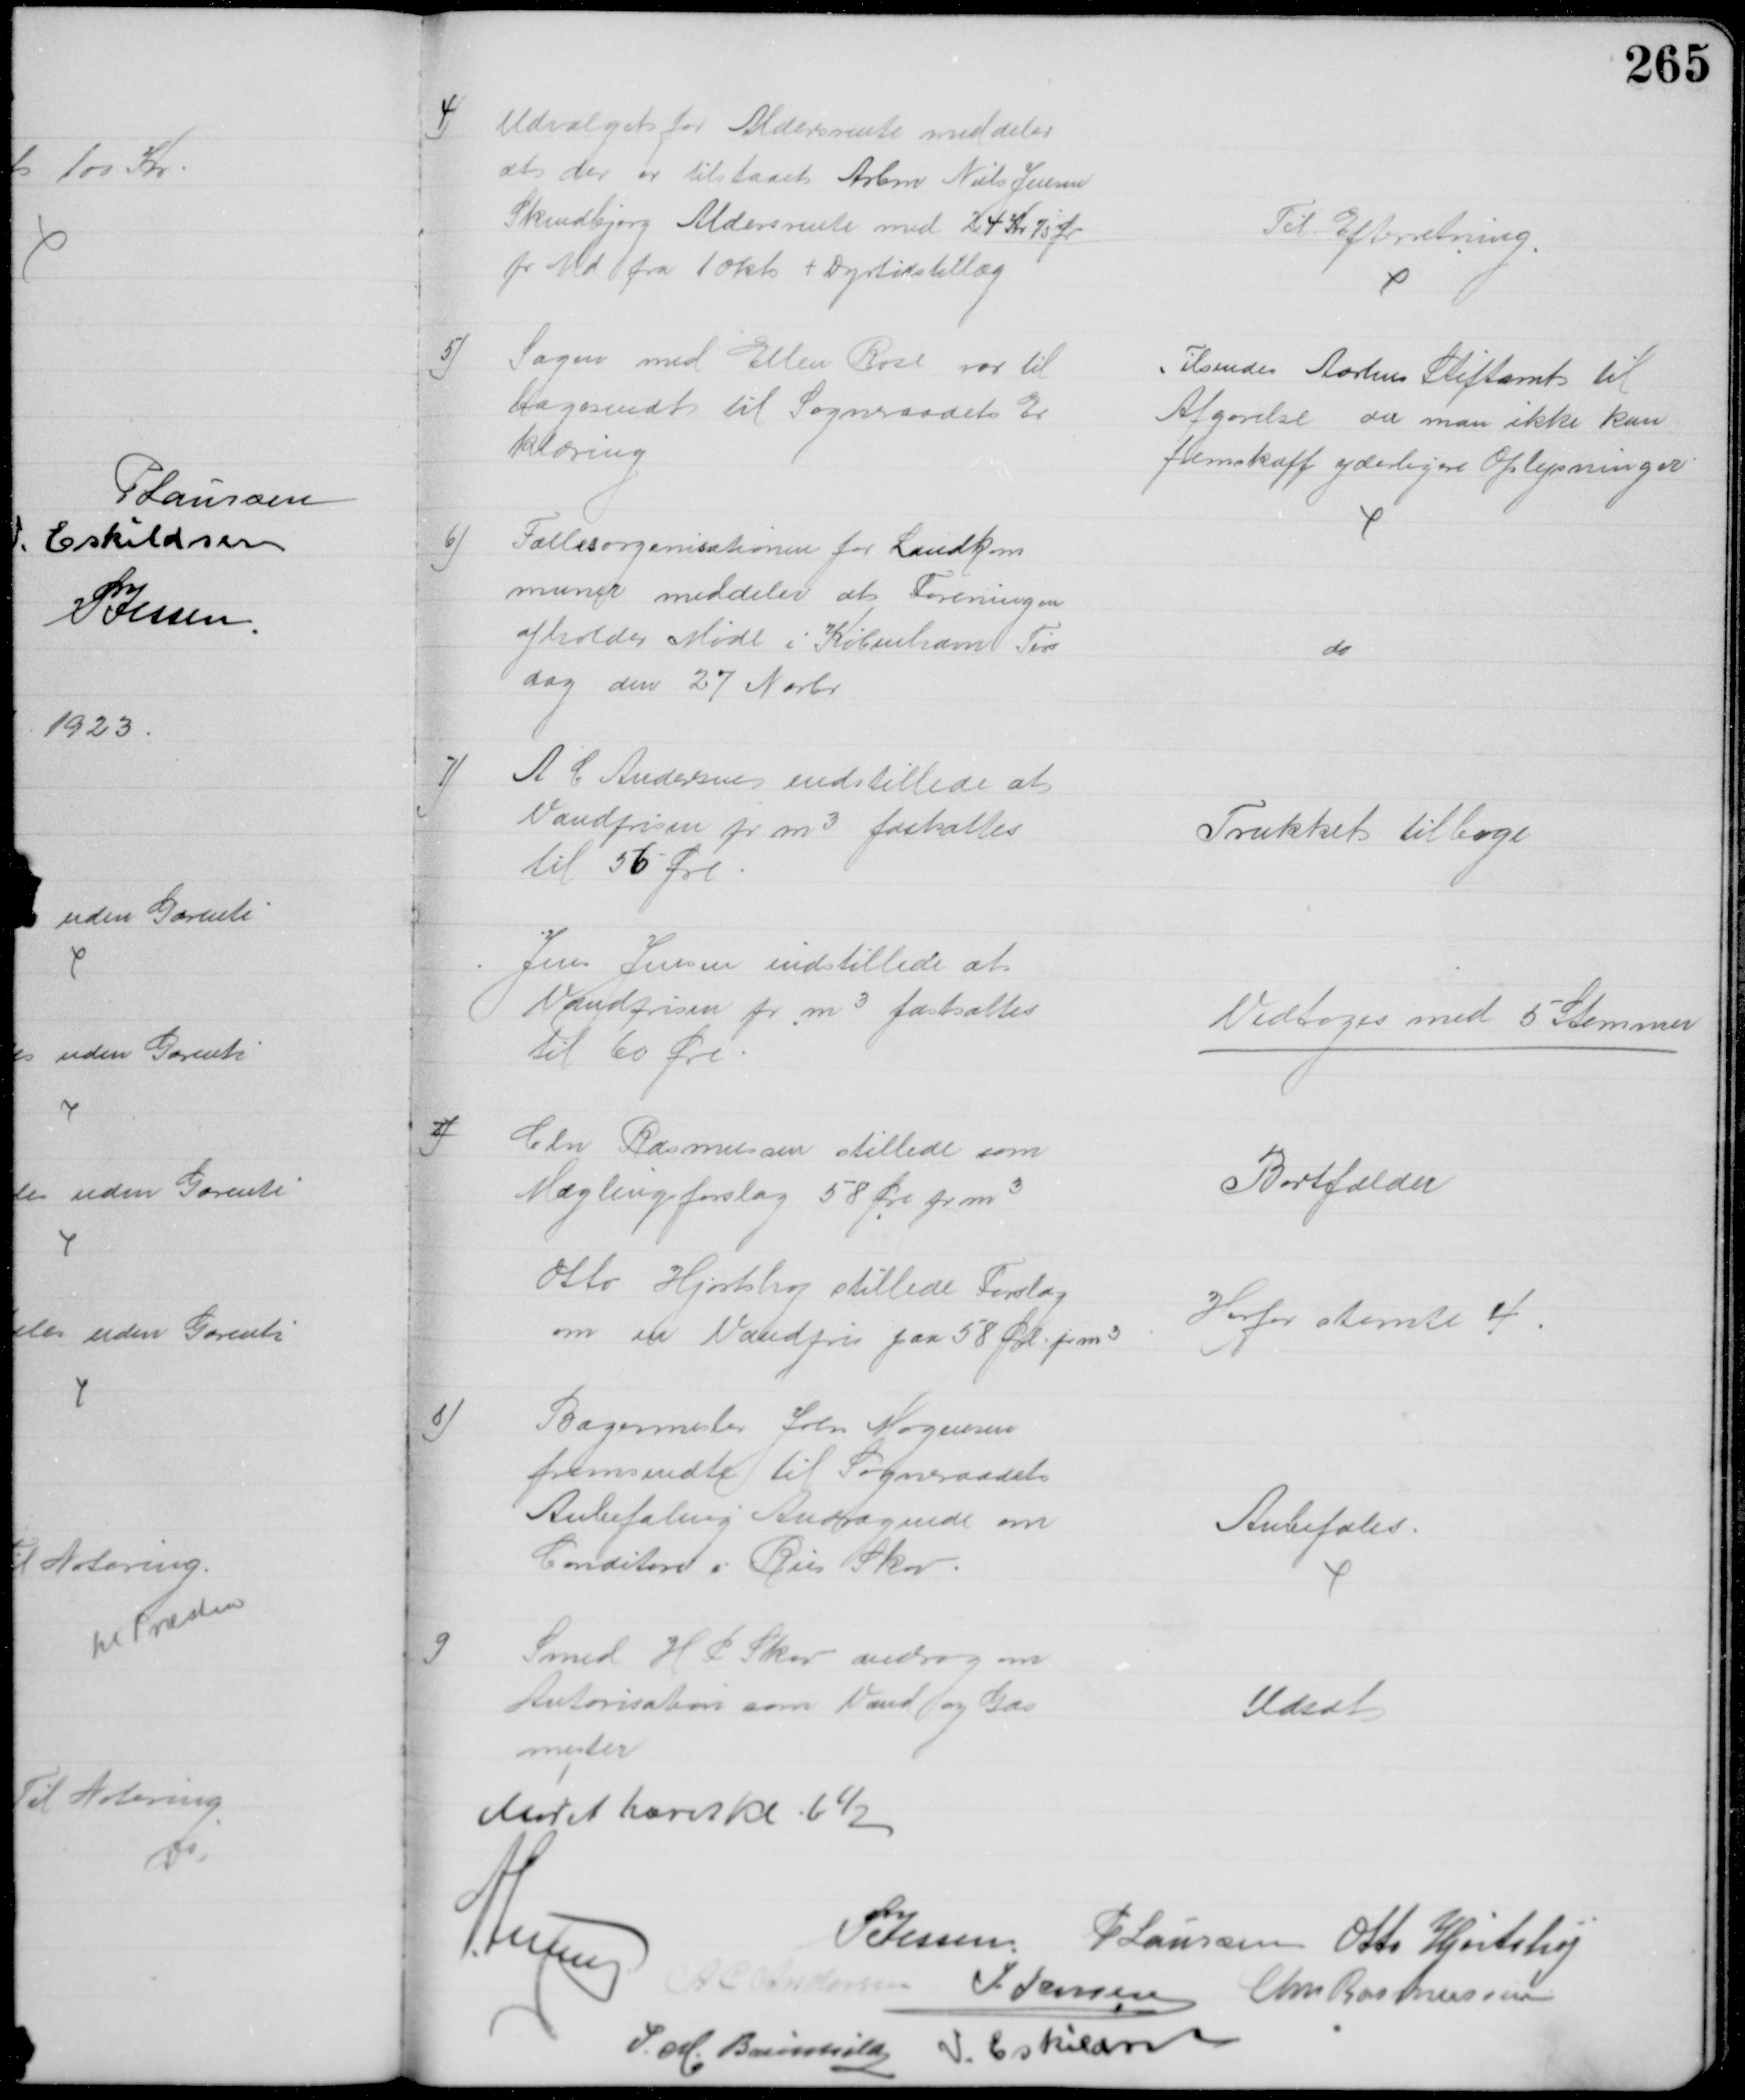
Transskription:
4)
Udvalget for Aldersrente meddeler
at der er tilstaaet Arbm Niels Jensen
Skindbjerg Aldersrente med 24 Kr 75 Ør
pr Md fra 1 Okt. + Dyrtidstillæg
Til Efterretning
5)
Sagen med Ellen Rose var til
bagesendt til Sogneraadets Er
klæring
Tilsendes Aarhus Stiftamt til
Afgørelse da man ikke kan
fremskaffe yderligere Oplysninger
6)
Fællesorganisationen for Landkom
muner meddeler at Foreningen
afholder Møde i København Tirs
dag den 27 Novbr
do
7) 
A C Andersen indstillede at 
Vandprisen pr m3 fastsættes
til 56 Øre
Trukket tilbage
Jens Jensen indstillede at
Vandprisen pr m3 fastsættes
til 60 Øre
Vedtoges med 5 Stemmer
8)
Chr Rasmussen stillede som
Mæglingsforslag 58 Øre pr m3
Bortfalder
Otto Hjortshøj stillede Forslag
om en Vandpris paa 58 Øre pr m3
Herfor stemte 4
8)
Bagermester Johs Mogensen
fremsendte til Sogneraadets 
Anbefaling Andragende om
Conditori i Riis Skov.
Anbefales
9
Smed H P Skov androg om
Autorisation som Vand og Gas
mester
Udsat
Mødet hævet Kl. 6½
A Lund 
P Jessen P Laursen Otto Hjortshøj
A C Andersen
J Jensen Chr Rasmussen
P. M. Breinhild
I. Eskildsen